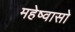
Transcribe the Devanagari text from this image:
महेष्वासो